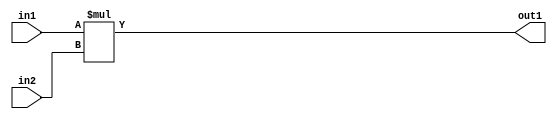
`timescale 1ps / 1ps
/*****************************************************************************
    Verilog RTL Description
    
    
    Created by: Stratus DpOpt 2019.1.01 
*******************************************************************************/

module st_weight_addr_gen_Mul_16Ux16U_32U_4_2 (
	in2,
	in1,
	out1
	); /* architecture "behavioural" */ 
input [15:0] in2,
	in1;
output [31:0] out1;
wire [31:0] asc001;

assign asc001 = 
	+(in1 * in2);

assign out1 = asc001;
endmodule

/* CADENCE  ubDxTgA= : u9/ySgnWtBlWxVPRXgAZ4Og= ** DO NOT EDIT THIS LINE ******/